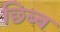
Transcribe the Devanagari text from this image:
छिब्ब